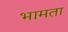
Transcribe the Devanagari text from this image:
भामता